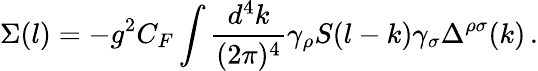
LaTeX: \Sigma(l)=-g^{2}C_{F}\int\frac{d^{4}k}{(2\pi)^{4}}\gamma_{\rho}S(l-k)\gamma_{\sigma}\Delta^{\rho\sigma}(k)\, .